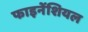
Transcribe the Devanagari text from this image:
फाइनेंशियल